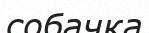
собачка